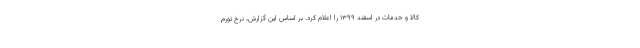
کالا و خدمات در اسفند ۱۳۹۹ را اعلام کرد. بر اساس این گزارش، نرخ تورم